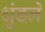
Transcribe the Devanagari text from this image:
धुंडने